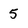
Character: 5